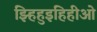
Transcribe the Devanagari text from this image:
झ्हिहुइहिहीओ